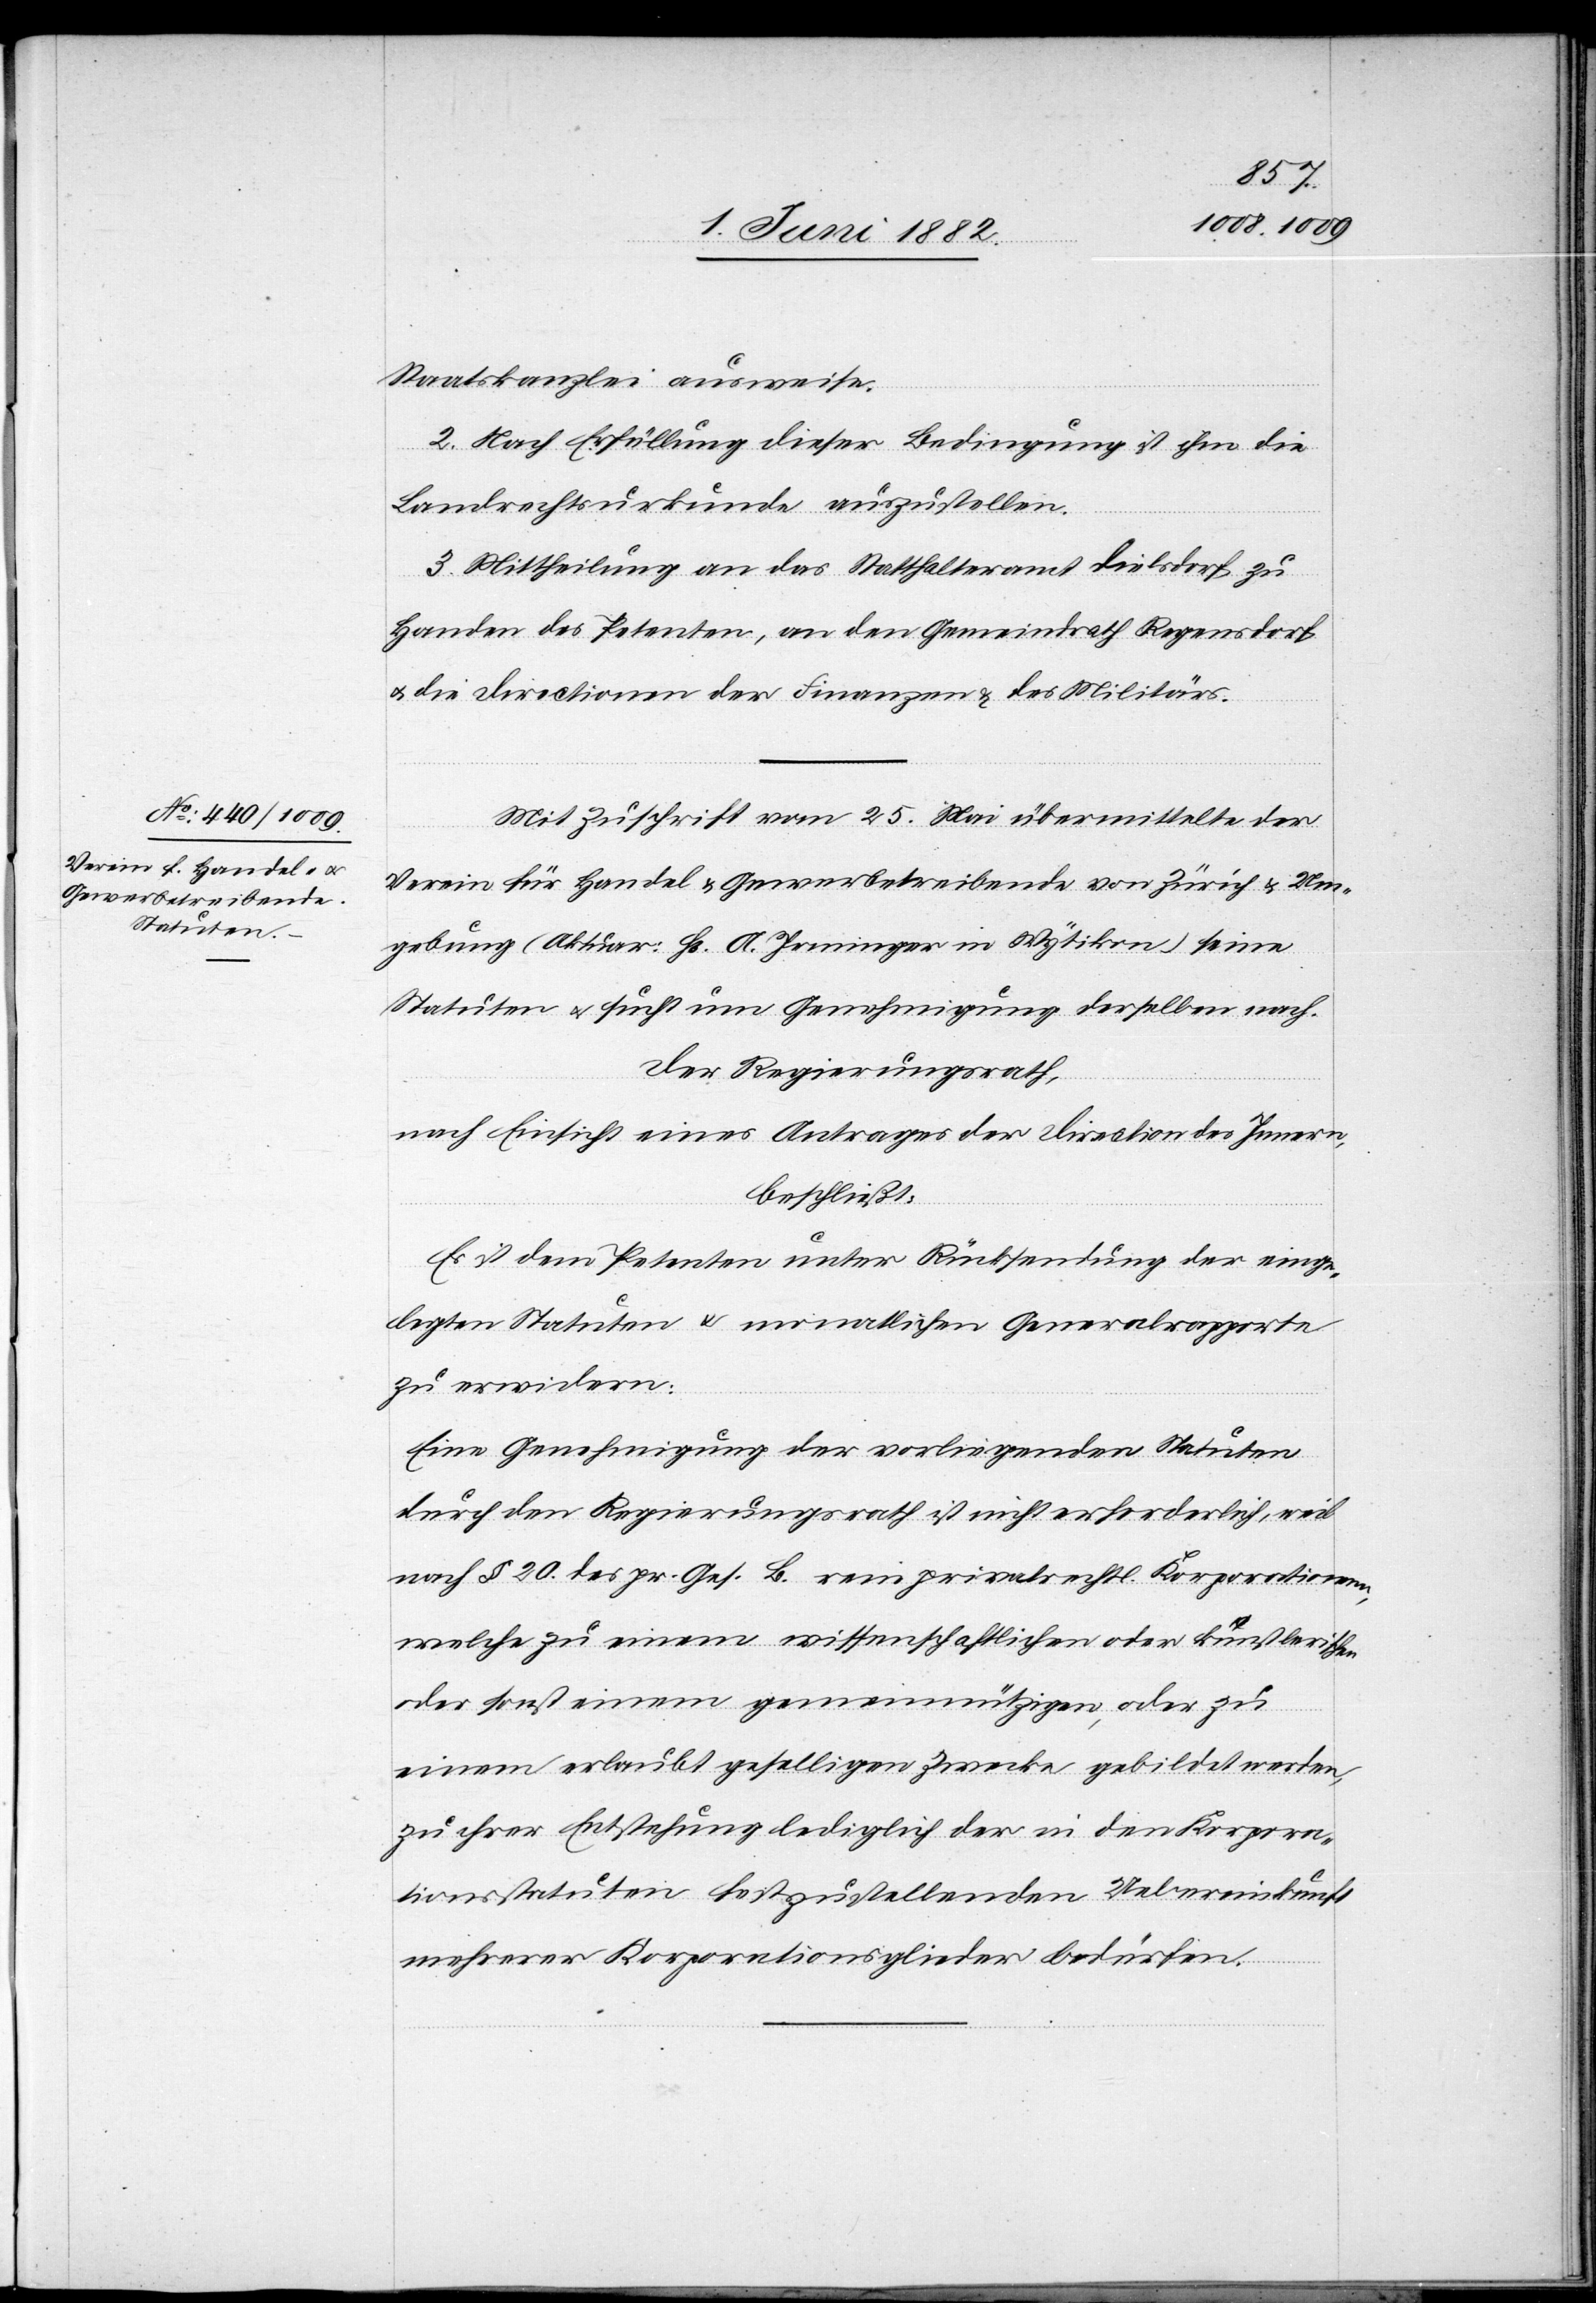
Staatskanzlei ausweise.
2. Nach Erfüllung dieser Bedingung ist ihm die
Landrechtsurkunde auszustellen.
3. Mittheilung an das Statthalteramt Dielsdorf zu
Handen des Petenten, an den Gemeindrath Regensdorf
u. die Directionen der Finanzen & des Militärs.
Mit Zuschrift vom 25. Mai übermittelte der
Verein für Handel[-] & Gewerbetreibende von Zürich & Um¬
gebung (Aktuar Hr. A. Jenninger in Wytikon) seine
Statuten u. sucht um Genehmigung derselben nach.
Der Regierungsrath,
nach Einsicht eines Antrages der Direction des Innern,
beschließt:
Es ist dem Petenten unter Rücksendung der einge¬
legten Statuten & monatlichen Generalrapporte
zu erwidern:
Eine Genehmigung der vorliegenden Statuten
durch den Regierungsrath ist nicht erforderlich, weil
nach § 20 des pr. Ges. B. rein privatrechtl. Korporationen,
welche zu einem wissenschaftlichen oder künstlerischen
oder sonst einem gemeinnützigen, oder zu
einem erlaubt geselligen Zwecke gebildet werden,
zu ihrer Entstehung lediglich der in den Korpora¬
tionsstatuten festzustellenden Uebereinkunft
mehrerer Korporationsglieder bedürfen.